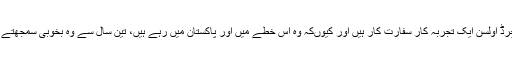
’’رچرڈ اولسن ایک تجربہ کار سفارت کار ہیں اور کیوںکہ وہ اس خطے میں اور پاکستان میں رہے ہیں، تین سال سے وہ بخوبی سمجھتے ہیں۔